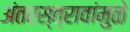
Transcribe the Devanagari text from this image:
अंतरस्त्रावांमुळे